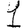
Digit: 1